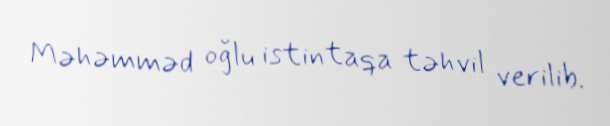
Məhəmməd oğlu istintaqa təhvil verilib.